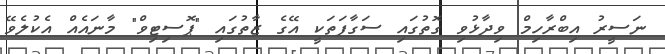
ނަސީރު އިބްރާހިމް ވިދާޅުވި ގޮތުގައި ސަގާފަތަކީ އޭގެ ޒާތުގައި "ޕޮސިޓިވް" މާނައެއް އެކުލެވޭ